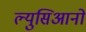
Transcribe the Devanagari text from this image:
ल्युसिआनो